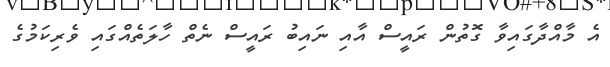
އެ މާއްދާގައިވާ ގޮތުން ރައީސް އާއި ނައިބު ރައީސް ނެތް ހާލަތެއްގައި ވެރިކަމުގެ